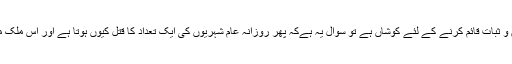
اگر امریکہ جیسا کہ دعوے کرتا ہے کہ وہ افغانستان میں امن و ثبات قائم کرنے کے لئے کوشاں ہے تو سوال یہ ہےکہ پھر روزانہ عام شہریوں کی ایک تعداد کا قتل کیوں ہوتا ہے اور اس ملک میں دہشت گردانہ حملوں میں آئے دن اضافہ کیوں ہو رہا ہے؟